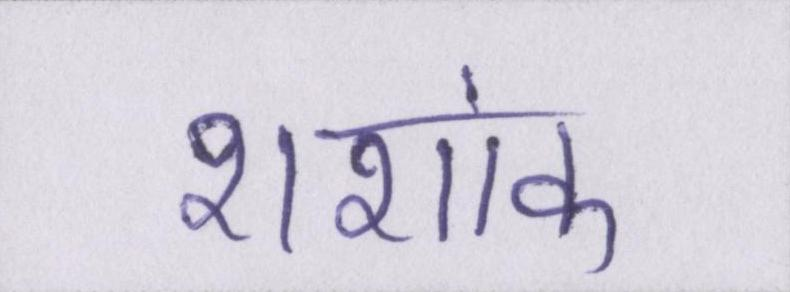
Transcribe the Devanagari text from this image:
शशांक